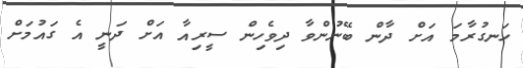
ހަނގުރާމަ އަށް ދާން ބޭނުންވާ ދިވެހިން ސީރިއާ އަށް ދަނީ އެ ގައުމަށް